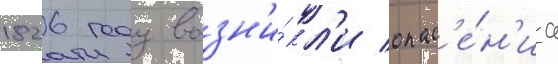
1826 году возн'и́кл'и опас'е́н'иа